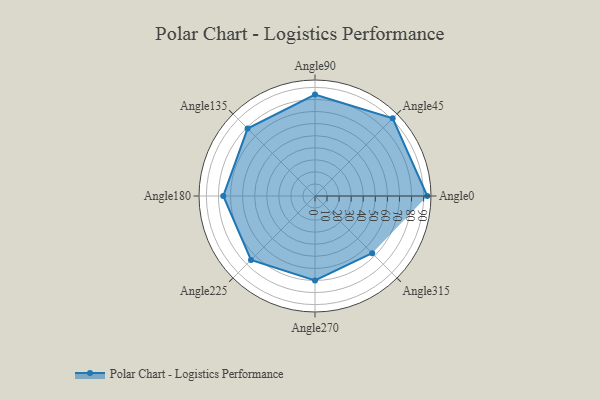
{"axis": {"x": "Angle", "y": "Radius"}, "legend": [""], "data": [{"x": "Angle0", "y": 93.0, "type": ""}, {"x": "Angle45", "y": 91.0, "type": ""}, {"x": "Angle90", "y": 84.0, "type": ""}, {"x": "Angle135", "y": 79.0, "type": ""}, {"x": "Angle180", "y": 76.0, "type": ""}, {"x": "Angle225", "y": 75.0, "type": ""}, {"x": "Angle270", "y": 70.0, "type": ""}, {"x": "Angle315", "y": 67.0, "type": ""}]}